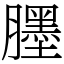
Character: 𦢓